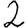
Digit: 2